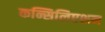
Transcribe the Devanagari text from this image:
कन्सिलिएशन